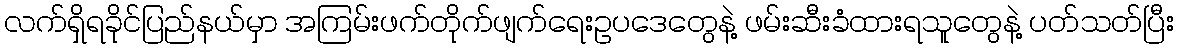
လက်ရှိရခိုင်ပြည်နယ်မှာ အကြမ်းဖက်တိုက်ဖျက်ရေးဥပဒေတွေနဲ့ ဖမ်းဆီးခံထားရသူတွေနဲ့ ပတ်သတ်ပြီး